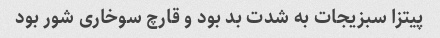
پیتزا سبزیجات به شدت بد بود و قارچ سوخاری شور بود